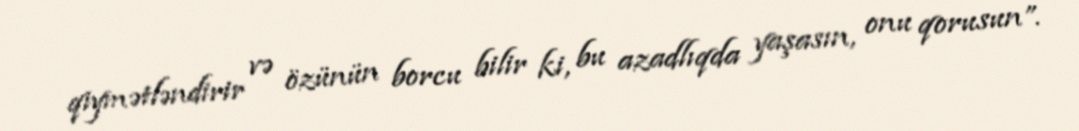
qiymətləndirir və özünün borcu bilir ki, bu azadlıqda yaşasın, onu qorusun”.